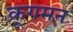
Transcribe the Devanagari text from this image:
क्रूगमन